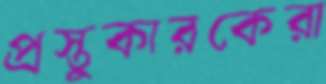
প্রস্তুকারকেরা